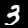
Label: 3